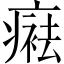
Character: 𤹒